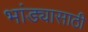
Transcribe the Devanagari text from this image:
भांड्यासाठी